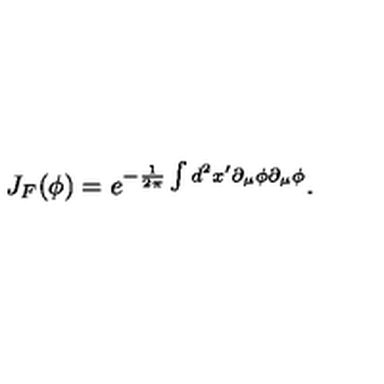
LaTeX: J _ { F } ( \phi ) = e ^ { - \frac { 1 } { 2 \pi } \int d ^ { 2 } x ^ { \prime } \partial _ { \mu } \phi \partial _ { \mu } \phi } .